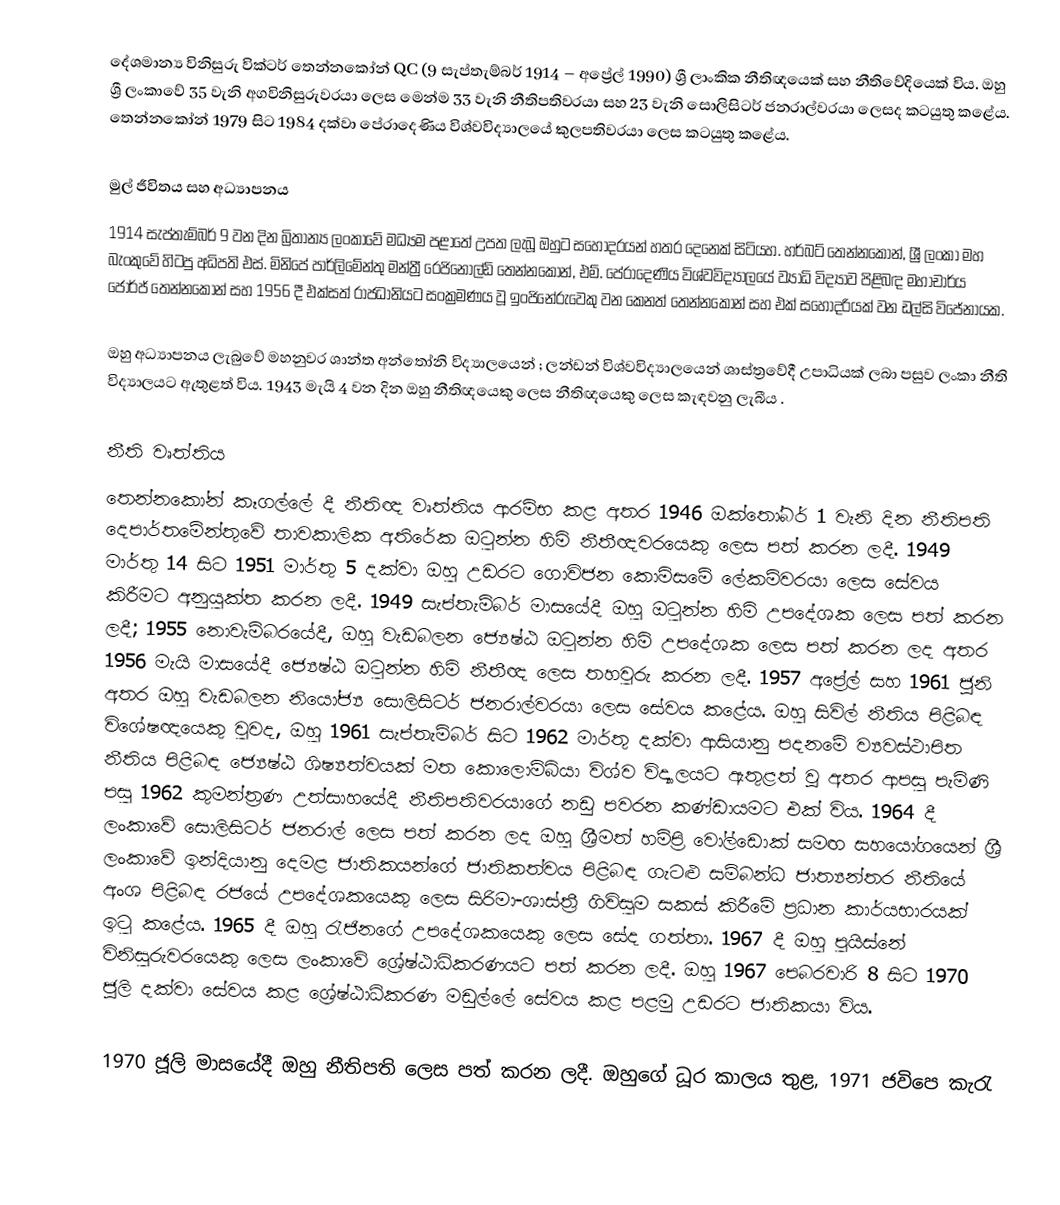
දේශමාන්‍ය විනිසුරු වික්ටර් තෙන්නකෝන් QC (9 සැප්තැම්බර් 1914 – අප්‍රේල් 1990) ශ්‍රී ලාංකික නීතිඥයෙක් සහ නීතිවේදියෙක් විය. ඔහු ශ්‍රී ලංකාවේ 35 වැනි අගවිනිසුරුවරයා ලෙස මෙන්ම 33 වැනි නීතිපතිවරයා සහ 23 වැනි සොලිසිටර් ජනරාල්වරයා ලෙසද කටයුතු කළේය.   තෙන්නකෝන් 1979 සිට 1984 දක්වා පේරාදෙණිය විශ්වවිද්‍යාලයේ කුලපතිවරයා ලෙස කටයුතු කළේය.

මුල් ජීවිතය සහ අධ්‍යාපනය
1914 සැප්තැම්බර් 9 වන දින බ්‍රිතාන්‍ය ලංකාවේ මධ්‍යම පළාතේ උපත ලැබූ ඔහුට සහෝදරයන් හතර දෙනෙක් සිටියහ. හර්බට් තෙන්නකෝන්, ශ්‍රී ලංකා මහ බැංකුවේ හිටපු අධිපති එස්. මිනිපේ පාර්ලිමේන්තු මන්ත්‍රී රෙජිනෝල්ඩ් තෙන්නකෝන්, එම්. පේරාදෙණිය විශ්වවිද්‍යාලයේ ව්‍යාධි විද්‍යාව පිළිබඳ මහාචාර්ය ජෝර්ජ් තෙන්නකෝන් සහ 1956 දී එක්සත් රාජධානියට සංක්‍රමණය වූ ඉංජිනේරුවෙකු වන කෙනත් තෙන්නකෝන් සහ එක් සහෝදරියක් වන ඩල්සි විජේනායක.

ඔහු අධ්‍යාපනය ලැබුවේ මහනුවර ශාන්ත අන්තෝනි විද්‍යාලයෙන් ; ලන්ඩන් විශ්වවිද්‍යාලයෙන් ශාස්ත්‍රවේදී උපාධියක් ලබා පසුව ලංකා නීති විද්‍යාලයට ඇතුළත් විය. 1943 මැයි 4 වන දින ඔහු නීතිඥයෙකු ලෙස නීතිඥයෙකු ලෙස කැඳවනු ලැබීය .

නීති වෘත්තිය
තෙන්නකෝන් කෑගල්ලේ දී නීතිඥ වෘත්තිය ආරම්භ කළ අතර 1946 ඔක්තෝබර් 1 වැනි දින නීතිපති දෙපාර්තමේන්තුවේ තාවකාලික අතිරේක ඔටුන්න හිමි නීතීඥවරයෙකු ලෙස පත් කරන ලදී. 1949 මාර්තු 14 සිට 1951 මාර්තු 5 දක්වා ඔහු උඩරට ගොවිජන කොමිසමේ ලේකම්වරයා ලෙස සේවය කිරීමට අනුයුක්ත කරන ලදී. 1949 සැප්තැම්බර් මාසයේදී ඔහු ඔටුන්න හිමි උපදේශක ලෙස පත් කරන ලදී; 1955 නොවැම්බරයේදී, ඔහු වැඩබලන ජ්‍යෙෂ්ඨ ඔටුන්න හිමි උපදේශක ලෙස පත් කරන ලද අතර 1956 මැයි මාසයේදී ජ්‍යෙෂ්ඨ ඔටුන්න හිමි නීතීඥ ලෙස තහවුරු කරන ලදී. 1957 අප්‍රේල් සහ 1961 ජූනි අතර ඔහු වැඩබලන නියෝජ්‍ය සොලිසිටර් ජනරාල්වරයා ලෙස සේවය කළේය. ඔහු සිවිල් නීතිය පිළිබඳ විශේෂඥයෙකු වුවද, ඔහු 1961 සැප්තැම්බර් සිට 1962 මාර්තු දක්වා ආසියානු පදනමේ ව්‍යවස්ථාපිත නීතිය පිළිබඳ ජ්‍යෙෂ්ඨ ශිෂ්‍යත්වයක් මත කොලොම්බියා විශ්ව විද්‍යාලයට ඇතුළත් වූ අතර ආපසු පැමිණි පසු 1962 කුමන්ත්‍රණ උත්සාහයේදී නීතිපතිවරයාගේ නඩු පවරන කණ්ඩායමට එක් විය. 1964 දී ලංකාවේ සොලිසිටර් ජනරාල් ලෙස පත් කරන ලද ඔහු ශ්‍රීමත් හම්ප්‍රි වෝල්ඩොක් සමඟ සහයෝගයෙන් ශ්‍රී ලංකාවේ ඉන්දියානු දෙමළ ජාතිකයන්ගේ ජාතිකත්වය පිළිබඳ ගැටළු සම්බන්ධ ජාත්‍යන්තර නීතියේ අංශ පිළිබඳ රජයේ උපදේශකයෙකු ලෙස සිරිමා-ශාස්ත්‍රී ගිවිසුම සකස් කිරීමේ ප්‍රධාන කාර්යභාරයක් ඉටු කළේය. 1965 දී ඔහු රැජිනගේ උපදේශකයෙකු ලෙස සේද ගත්තා. 1967 දී ඔහු පුයිස්නේ විනිසුරුවරයෙකු ලෙස ලංකාවේ ශ්‍රේෂ්ඨාධිකරණයට පත් කරන ලදී. ඔහු 1967 පෙබරවාරි 8 සිට 1970 ජූලි  දක්වා සේවය කළ ශ්‍රේෂ්ඨාධිකරණ  මඩුල්ලේ සේවය කළ පළමු උඩරට ජාතිකයා විය.

1970 ජූලි මාසයේදී ඔහු නීතිපති ලෙස පත් කරන ලදී. ඔහුගේ ධූර කාලය තුළ, 1971 ජවිපෙ කැරැ